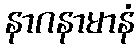
နာဂနာမာနံ